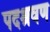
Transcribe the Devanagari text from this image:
पदश्रवण